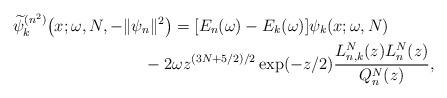
LaTeX: \begin{gather*} \widetilde{\psi }_{k}^{(n^{2})}\big(x;\omega ,N,- \Vert \psi _{n} \Vert ^{2}\big) = [ E_{n}(\omega )-E_{k}(\omega ) ] \psi _{k}(x;\omega,N) \\\hphantom{\widetilde{\psi }_{k}^{(n^{2})}\big(x;\omega ,N,- \Vert \psi _{n} \Vert ^{2}\big) =} {} -2\omega z^{( 3N+5/2) /2}\exp ( -z/2 ) \frac{L_{n,k}^{N}(z) L_{n}^{N}(z) }{Q_{n}^{N}(z)},\end{gather*}